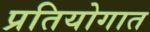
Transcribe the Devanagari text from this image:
प्रतियोगात